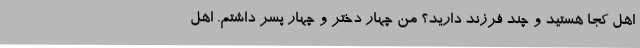
اهل کجا هستید و چند فرزند دارید؟ من چهار دختر و چهار پسر داشتم. اهل